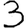
Digit: 3